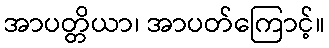
အာပတ္တိယာ၊ အာပတ်ကြောင့်။